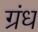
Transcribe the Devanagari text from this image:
ग्रंध